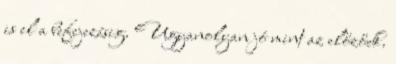
is el a befejezésig. Ugyanolyan jó mint az előzőek.